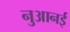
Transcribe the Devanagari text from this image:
नुआनई